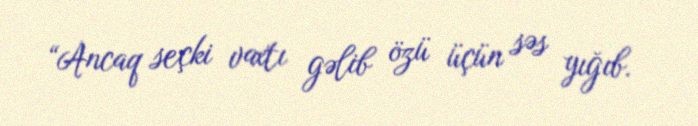
“Ancaq seçki vaxtı gəlib özü üçün səs yığıb.